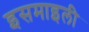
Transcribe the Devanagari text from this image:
इसमाइली